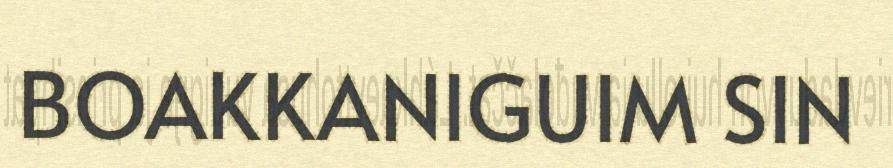
BOAKKANIGUIM SIN